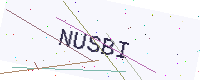
Text: NUSBI